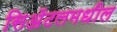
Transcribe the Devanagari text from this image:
सिअॅटलमधील